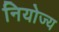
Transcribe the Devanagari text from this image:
नियोज्य